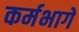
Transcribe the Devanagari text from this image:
कर्मभागें